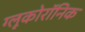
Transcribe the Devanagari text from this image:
ग्लूकोरॉनिक